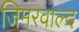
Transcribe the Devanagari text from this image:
जिमरवाल्द